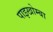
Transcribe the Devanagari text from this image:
पाइखोम्बा